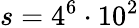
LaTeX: s=4^{6}\cdot 10^{2}